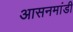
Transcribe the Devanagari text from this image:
आसनमांडी